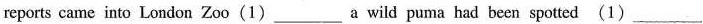
reports came into London Zoo(1)___a wild puma had been spotted (1)___